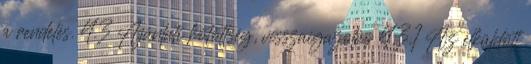
a rendelés. 4.3 Ajánlati kötöttség, visszaigazolás 4.3.1 Az elküldött